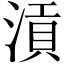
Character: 𣹟